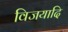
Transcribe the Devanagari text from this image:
विजयादि